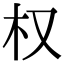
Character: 权